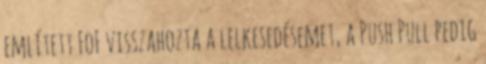
említett FoF visszahozta a lelkesedésemet, a Push Pull pedig